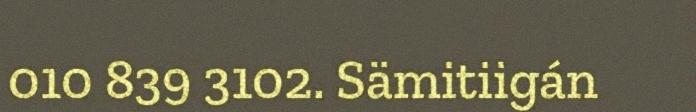
010 839 3102. Sämitiigán